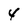
Character: 4